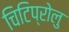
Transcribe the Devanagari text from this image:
चिटिप्रोलु